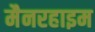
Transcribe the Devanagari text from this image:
मैनरहाइम